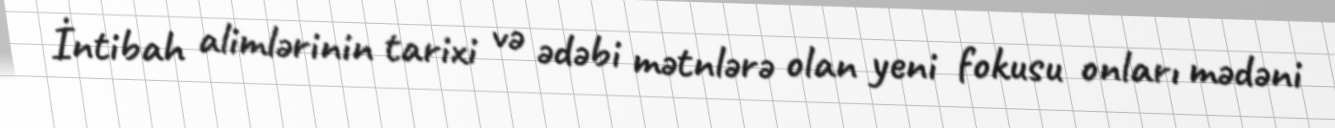
İntibah alimlərinin tarixi və ədəbi mətnlərə olan yeni fokusu onları mədəni